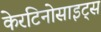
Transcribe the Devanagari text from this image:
केरटिनोसाइट्स